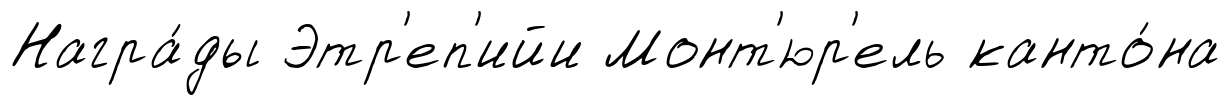
Награ́ды Этр'еп'ийи Монт'юр'ель канто́на